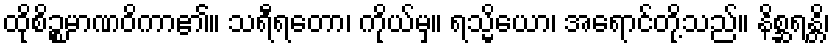
ထိုစိဉ္စမာဏဝိကာ၏။ သရီရတော၊ ကိုယ်မှ။ ရသ္မိယော၊ အရောင်တို့သည်။ နိစ္ဆရန္တိ၊